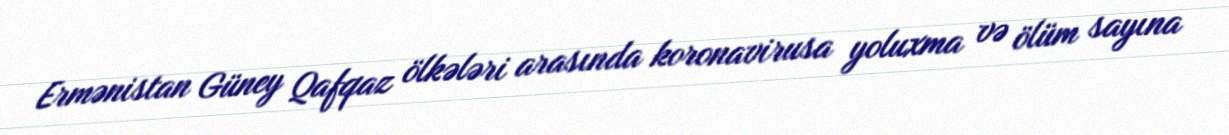
Ermənistan Güney Qafqaz ölkələri arasında koronavirusa yoluxma və ölüm sayına